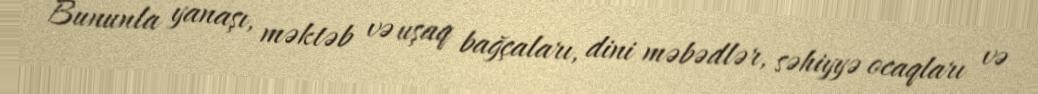
Bununla yanaşı, məktəb və uşaq bağçaları, dini məbədlər, səhiyyə ocaqları və